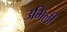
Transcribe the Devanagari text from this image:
उभिली